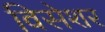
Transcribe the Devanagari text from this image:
विसेशर